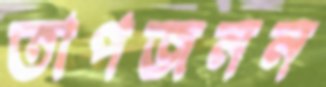
তাপজনন